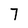
Character: 7